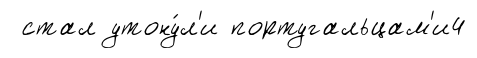
стал утону́л'и португальцам'и4